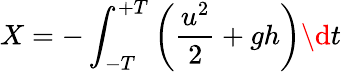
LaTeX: X=-\int_{-T}^{+T}\left(\frac{u^{2}}{2}+gh\right)\d t